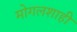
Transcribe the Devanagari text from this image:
मोगलशाही